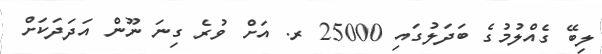
ލިބޭ ގެއްލުމުގެ ބަދަލުގައި 25000 ރ. އަށް ވުރެ ގިނަ ނޫން އަދަދަކަށް